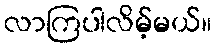
လာကြပါလိမ့်မယ်။